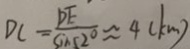
D C = \frac { D E } { \sin 5 2 ^ { \circ } } \approx 4 ( k m )